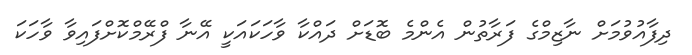
ދިފާއުވުމަށް ނާޒިމްގެ ފަރާތުން އެންމެ ބޮޑަށް ދައްކާ ވާހަކައަކީ އޭނާ ފްރޭމްކޮށްފައިވާ ވާހަކަ